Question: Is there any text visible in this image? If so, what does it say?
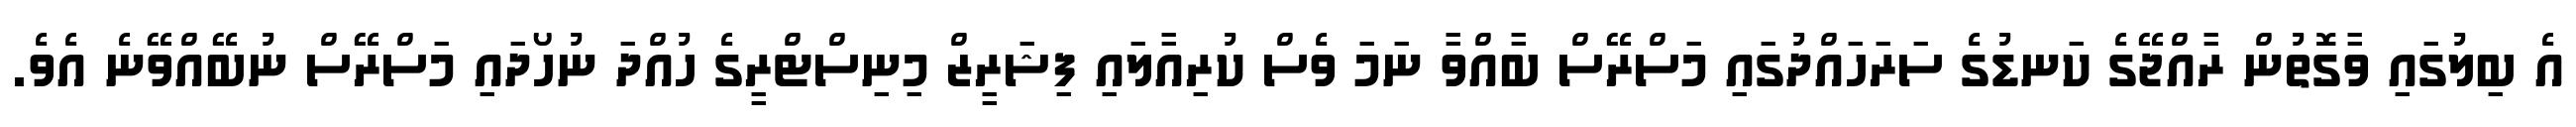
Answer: އެ ބިލުގައި ވާގޮތުން ރާއްޖޭގެ ކަނޑުގެ ސަރަހައްދުގައި މަސްރޭސް ބާއްވާ ނަމަ ވެސް ކުރިއާލައި ފިޝަރީޒް މިނިސްޓްރީގެ ހުއްދަ ނުހޯދައި މަސްރޭސް ނުބޭއްވޭނެ އެވެ.